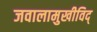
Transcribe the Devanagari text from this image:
जवालामुखीविद्